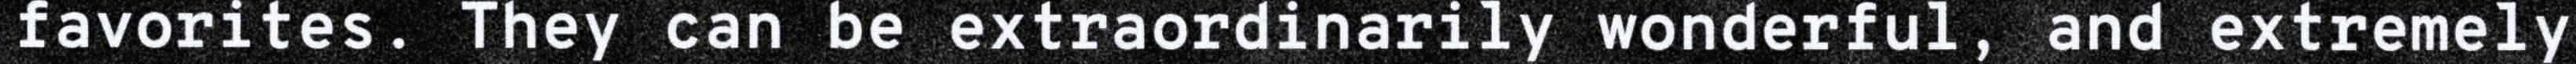
favorites. They can be extraordinarily wonderful, and extremely